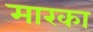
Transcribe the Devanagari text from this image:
मारका